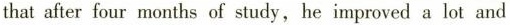
that after four months of study, he improved a lot and